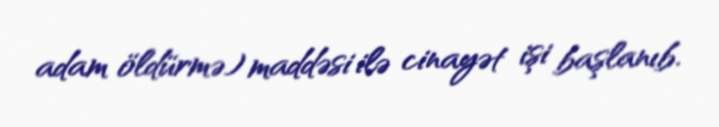
adam öldürmə) maddəsi ilə cinayət işi başlanıb.